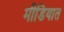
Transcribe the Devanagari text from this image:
मीडियात